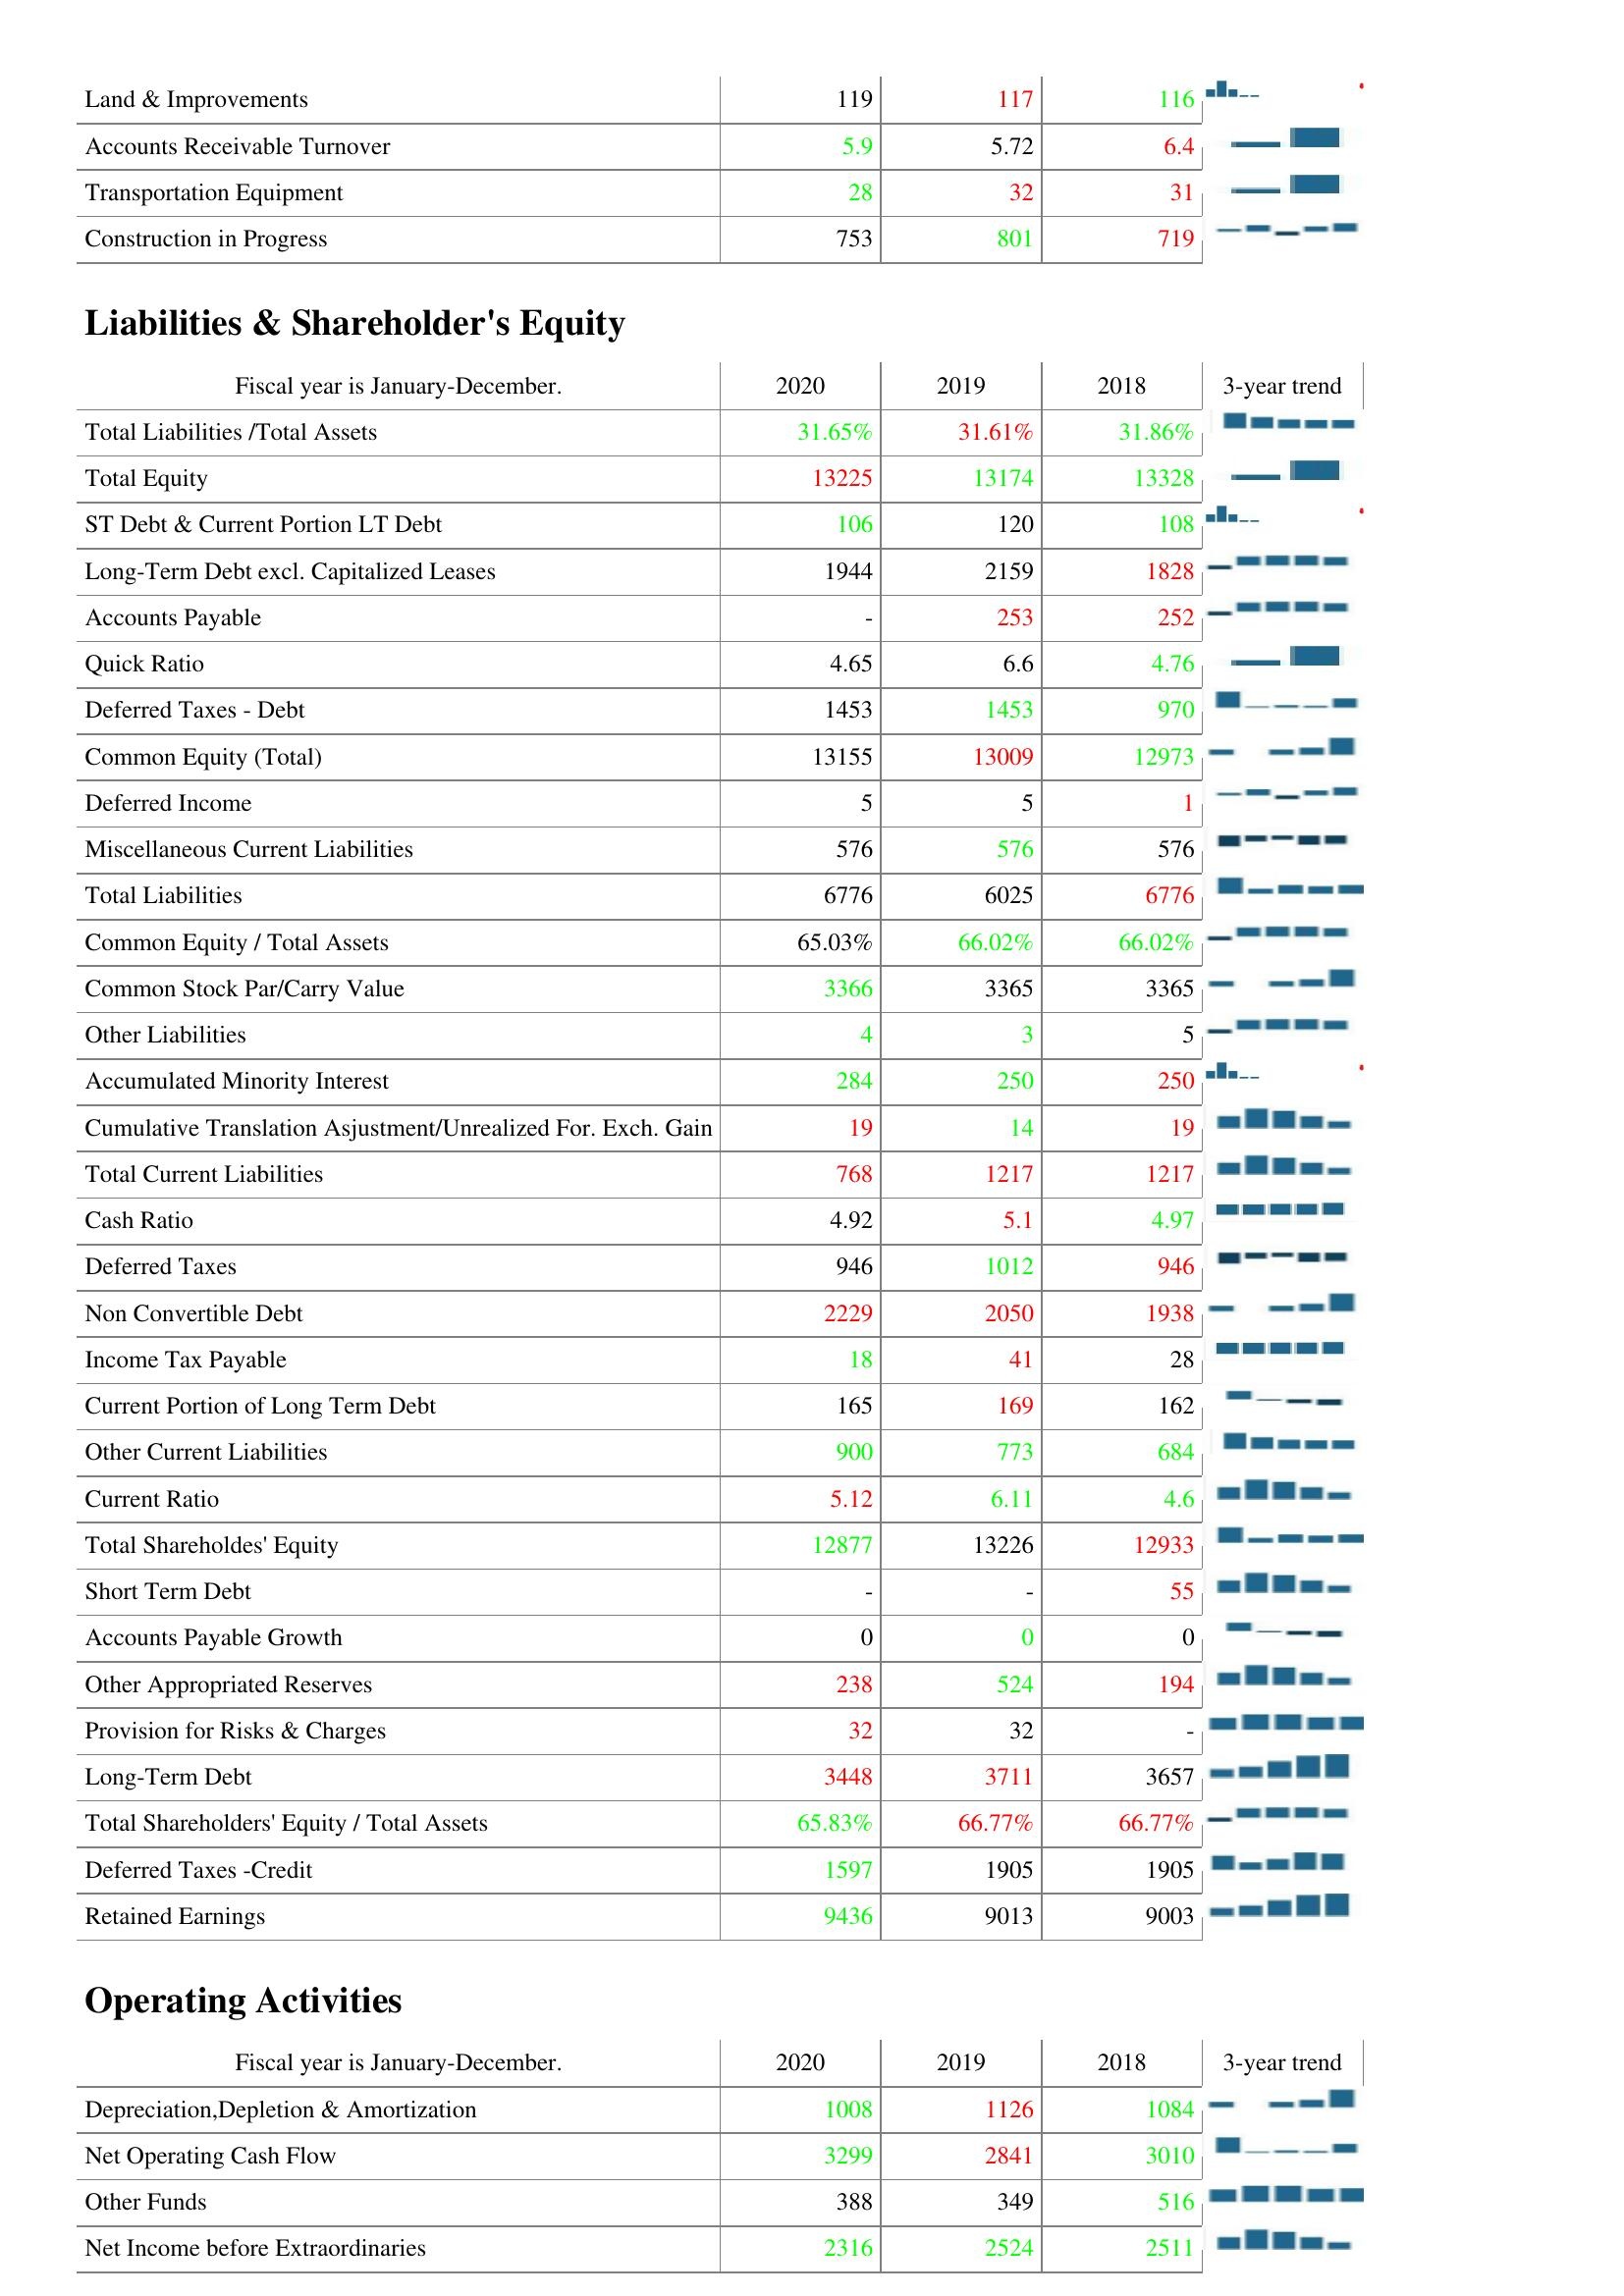
2020: Assets: Land & Improvements: 119
Accounts Receivable Turnover: 5.9
Transportation Equipment: 28
Construction in Progress: 753
Liabilities & Shareholder's Equity: Total Liabilities /Total Assets: 31.65%
Total Equity: 13225
ST Debt & Current Portion LT Debt: 106
Long-Term Debt excl. Capitalized Leases: 1944
Accounts Payable: -
Quick Ratio: 4.65
Deferred Taxes - Debt: 1453
Common Equity (Total): 13155
Deferred Income: 5
Miscellaneous Current Liabilities: 576
Total Liabilities: 6776
Common Equity / Total Assets: 65.03%
Common Stock Par/Carry Value: 3366
Other Liabilities: 4
Accumulated Minority Interest: 284
Cumulative Translation Asjustment/Unrealized For. Exch. Gain: 19
Total Current Liabilities: 768
Cash Ratio: 4.92
Deferred Taxes: 946
Non Convertible Debt: 2229
Income Tax Payable: 18
Current Portion of Long Term Debt: 165
Other Current Liabilities: 900
Current Ratio: 5.12
Total Shareholdes' Equity: 12877
Short Term Debt: -
Accounts Payable Growth: 0
Other Appropriated Reserves: 238
Provision for Risks & Charges: 32
Long-Term Debt: 3448
Total Shareholders' Equity / Total Assets: 65.83%
Deferred Taxes -Credit: 1597
Retained Earnings: 9436
Operating Activities: Depreciation,Depletion & Amortization: 1008
Net Operating Cash Flow: 3299
Other Funds: 388
Net Income before Extraordinaries: 2316
2019: Assets: Land & Improvements: 117
Accounts Receivable Turnover: 5.72
Transportation Equipment: 32
Construction in Progress: 801
Liabilities & Shareholder's Equity: Total Liabilities /Total Assets: 31.61%
Total Equity: 13174
ST Debt & Current Portion LT Debt: 120
Long-Term Debt excl. Capitalized Leases: 2159
Accounts Payable: 253
Quick Ratio: 6.6
Deferred Taxes - Debt: 1453
Common Equity (Total): 13009
Deferred Income: 5
Miscellaneous Current Liabilities: 576
Total Liabilities: 6025
Common Equity / Total Assets: 66.02%
Common Stock Par/Carry Value: 3365
Other Liabilities: 3
Accumulated Minority Interest: 250
Cumulative Translation Asjustment/Unrealized For. Exch. Gain: 14
Total Current Liabilities: 1217
Cash Ratio: 5.1
Deferred Taxes: 1012
Non Convertible Debt: 2050
Income Tax Payable: 41
Current Portion of Long Term Debt: 169
Other Current Liabilities: 773
Current Ratio: 6.11
Total Shareholdes' Equity: 13226
Short Term Debt: -
Accounts Payable Growth: 0
Other Appropriated Reserves: 524
Provision for Risks & Charges: 32
Long-Term Debt: 3711
Total Shareholders' Equity / Total Assets: 66.77%
Deferred Taxes -Credit: 1905
Retained Earnings: 9013
Operating Activities: Depreciation,Depletion & Amortization: 1126
Net Operating Cash Flow: 2841
Other Funds: 349
Net Income before Extraordinaries: 2524
2018: Assets: Land & Improvements: 116
Accounts Receivable Turnover: 6.4
Transportation Equipment: 31
Construction in Progress: 719
Liabilities & Shareholder's Equity: Total Liabilities /Total Assets: 31.86%
Total Equity: 13328
ST Debt & Current Portion LT Debt: 108
Long-Term Debt excl. Capitalized Leases: 1828
Accounts Payable: 252
Quick Ratio: 4.76
Deferred Taxes - Debt: 970
Common Equity (Total): 12973
Deferred Income: 1
Miscellaneous Current Liabilities: 576
Total Liabilities: 6776
Common Equity / Total Assets: 66.02%
Common Stock Par/Carry Value: 3365
Other Liabilities: 5
Accumulated Minority Interest: 250
Cumulative Translation Asjustment/Unrealized For. Exch. Gain: 19
Total Current Liabilities: 1217
Cash Ratio: 4.97
Deferred Taxes: 946
Non Convertible Debt: 1938
Income Tax Payable: 28
Current Portion of Long Term Debt: 162
Other Current Liabilities: 684
Current Ratio: 4.6
Total Shareholdes' Equity: 12933
Short Term Debt: 55
Accounts Payable Growth: 0
Other Appropriated Reserves: 194
Provision for Risks & Charges: -
Long-Term Debt: 3657
Total Shareholders' Equity / Total Assets: 66.77%
Deferred Taxes -Credit: 1905
Retained Earnings: 9003
Operating Activities: Depreciation,Depletion & Amortization: 1084
Net Operating Cash Flow: 3010
Other Funds: 516
Net Income before Extraordinaries: 2511